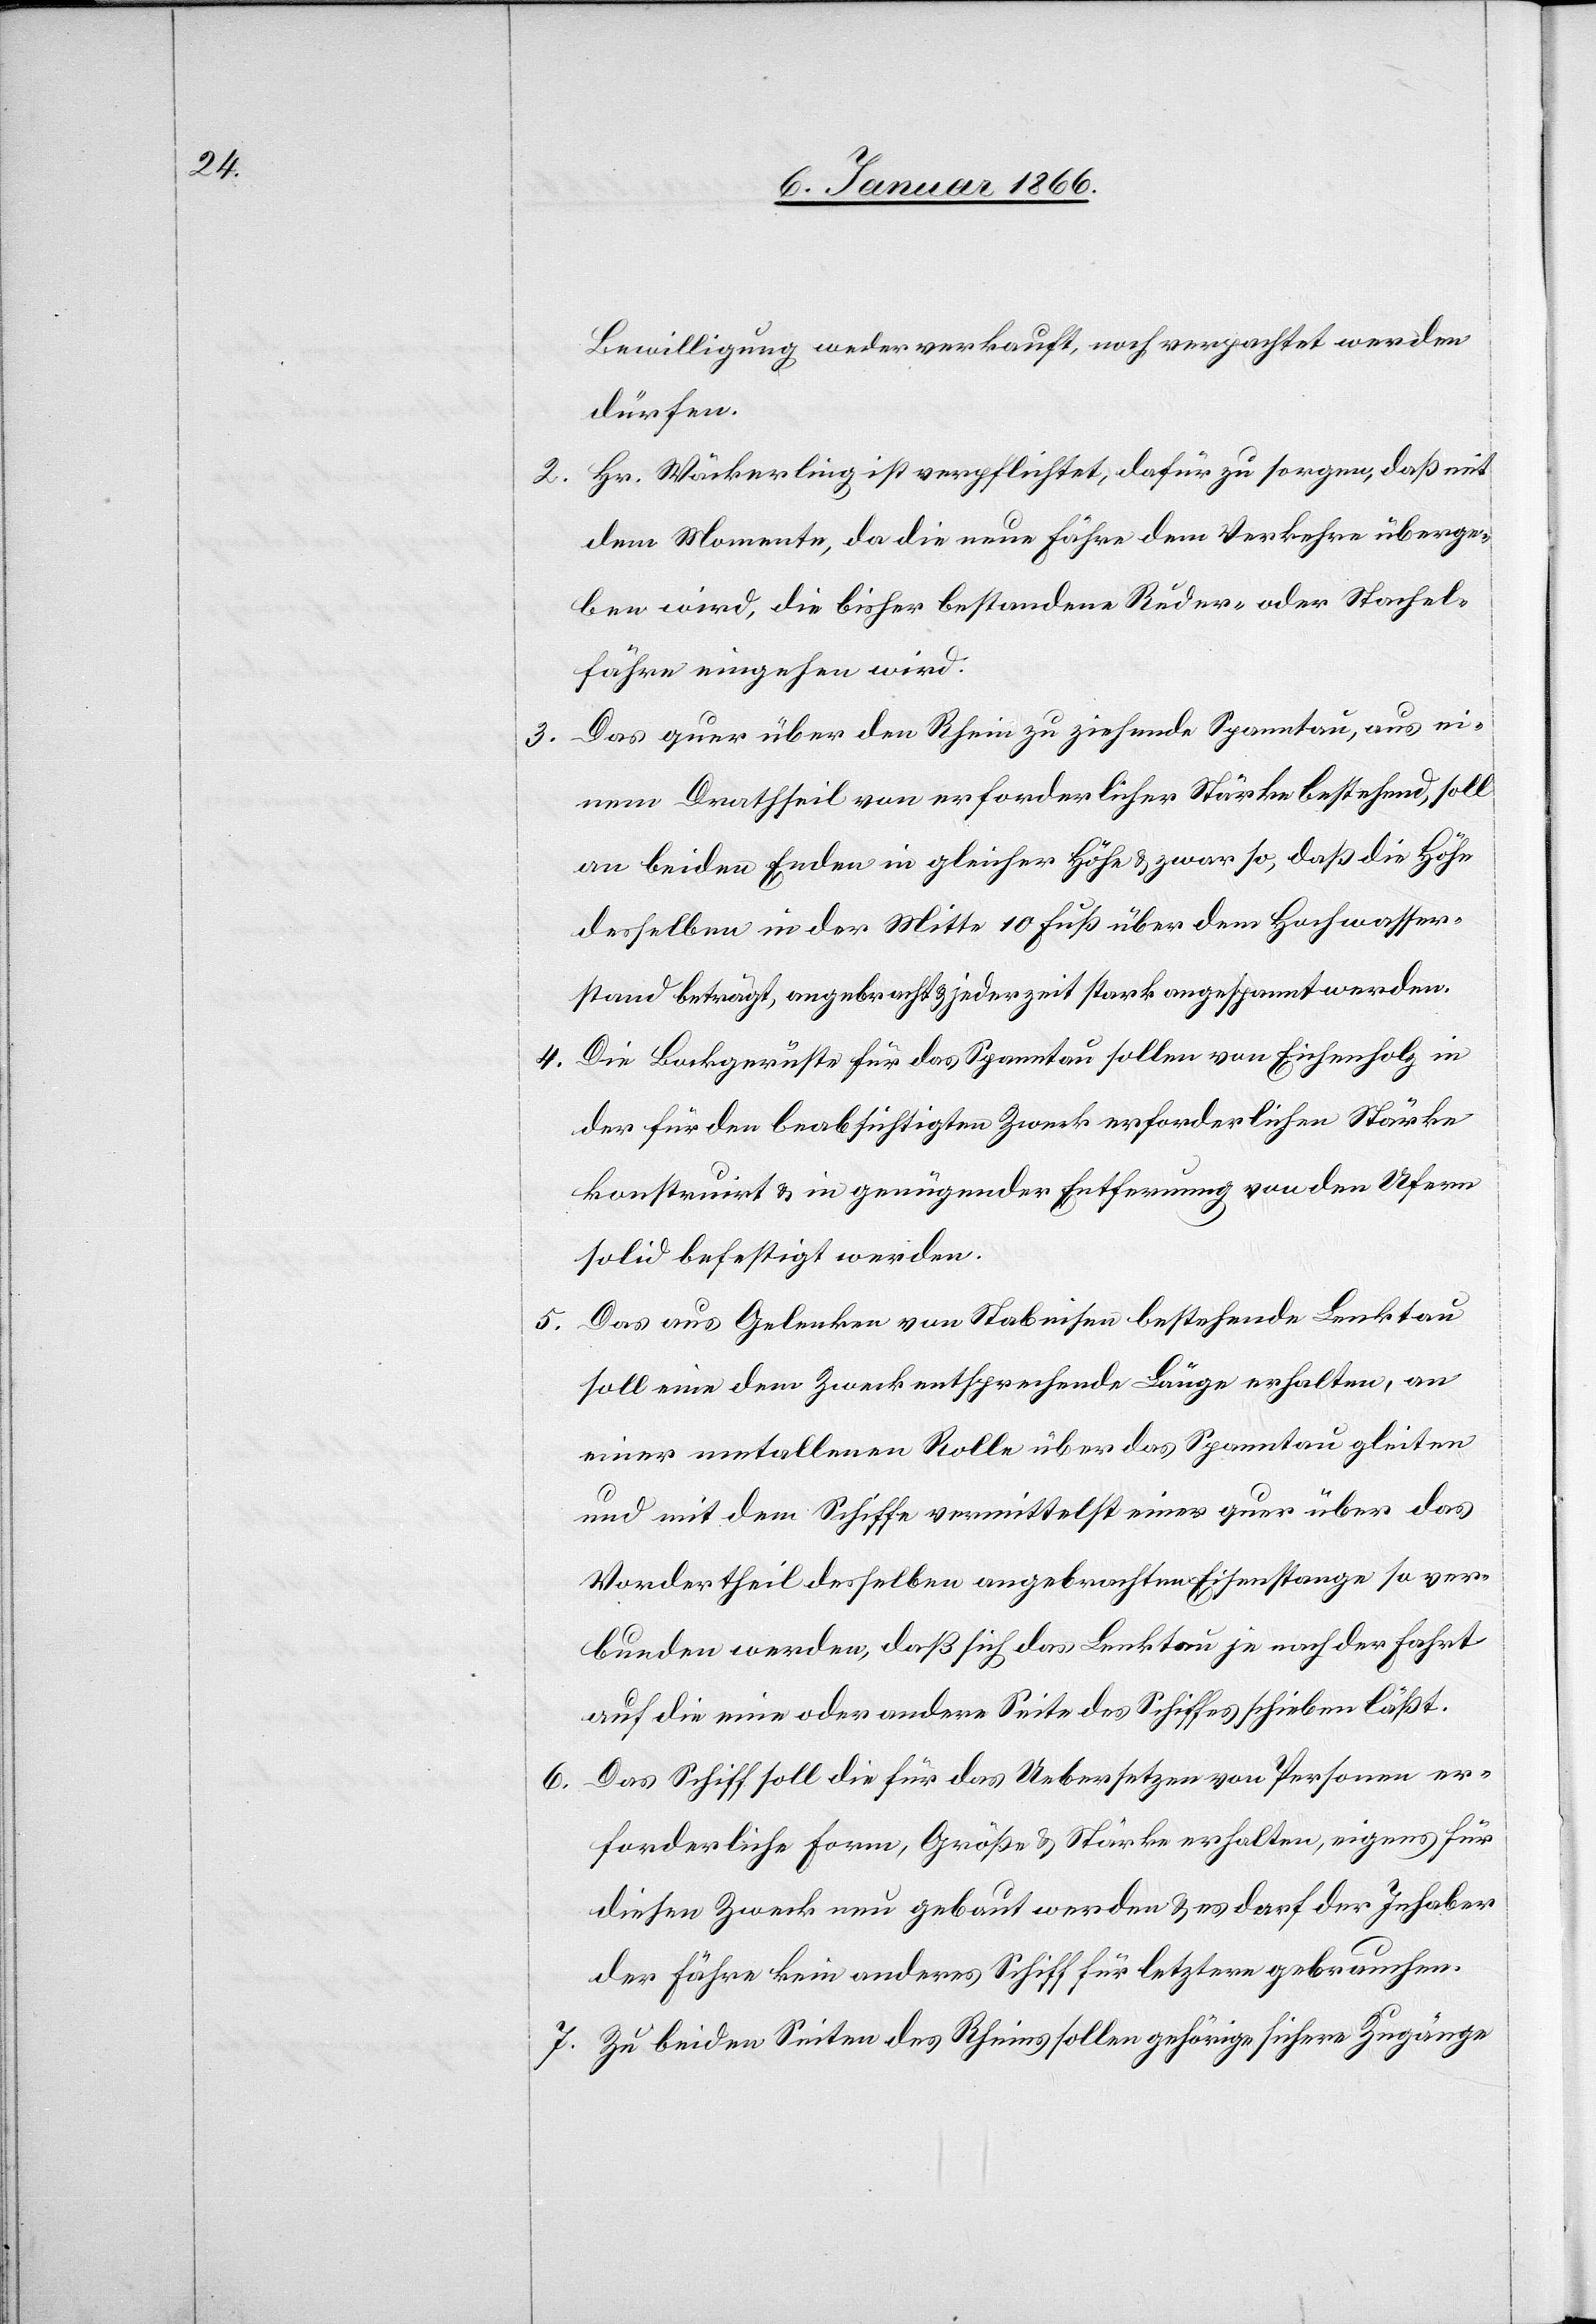
Bewilligung weder verkauft, noch verpachtet werden
bunden,
Hr. Wäckerling ist verpflichtet, dafür zu sorgen, daß mit
dem Momente, da die neue Fähre dem Verkehr überge¬
ben wird, die bisher bestandene Ruder- oder Stachel¬
fähre eingehen wird.
Das quer über den Rhein zu ziehende Spanntau, aus ei¬
nem Drathseil von erforderlicher Stärke bestehend, soll
an beiden Enden in gleicher Höhe u. zwar so, daß die Höhe
desselben in der Mitte 10 Fuß über dem Hochwasser¬
stand beträgt, angebracht u. jederzeit stark angespannt werden.
Die Bockgerüste für das Spanntau sollen von Eichenholz in
der für den beabsichtigten Zweck erforderlichen Stärke
konstruirt u. in genügender Entfernung von den Ufern
solid befestigt werden.
Das aus Gelenken von Stabeisen bestehende Lenktau
soll eine dem Zweck entsprechende Länge erhalten, an
einer metallenen Rolle über das Spanntau gleiten
und mit dem Schiffe vermittelst einer quer über das
Wandertheil desselben angebrachten Eisenstange so ver¬
auf die eine oder andere Seite des Schiffes schieben läßt.
Das Schiff soll die für das Uebersetzen von Personen er¬
forderliche Form, Größe u. Stärke erhalten, eigens für
diesen Zweck neu gebaut werden u. es darf der Inhaber
der Fähre kein anderes Schiff für letztere gebrauchen.
Zu beiden Seiten des Rheins sollen gehörige sichere Zugänge